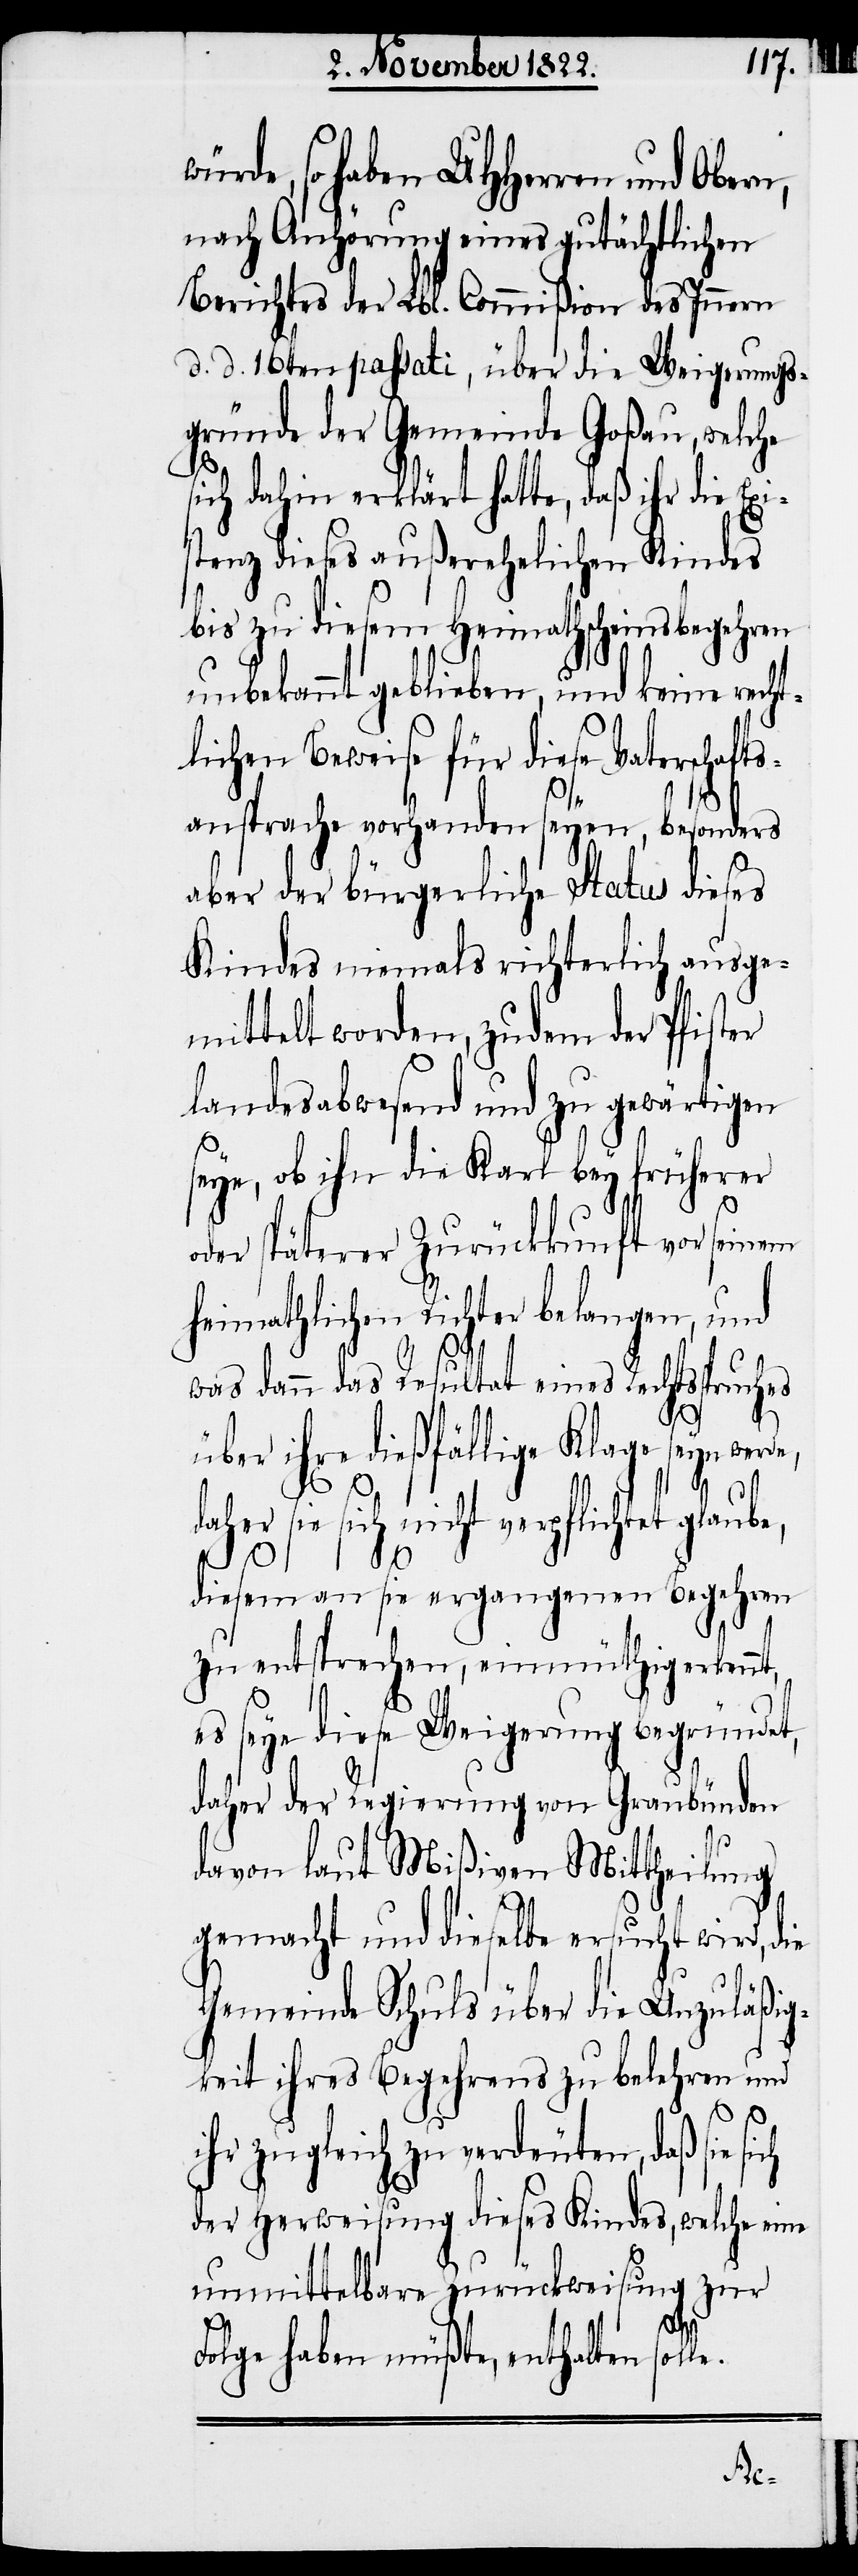
rde, so haben UHHerren und Obern,
nach Anhörung eines gutächtlichen
Berichtes der Lbl. Commißion des Innern
d. d. 16ten passati, über die Weigerungs¬
gründe der Gemeinde Goßau, welche
ich dahin erklärt hatte, daß ihr die Ex¬
stenz dieses außerehelichen Kindes
bis zu diesem Heimathscheinsbegehren
unbekannt geblieben, und keine recht¬
chen Beweise für diese Vatersch¬
ansprache vorhanden seyen, besonders
aber der bürgerliche Status dieses
Kindes niemals richterlich ausge¬
mittelt worden, zudem der Pfister
landesabwesend und zu gewärtigen
seye, ob ihn die Karl bey früherer
oder späterer Zurückkunft vor seinem
heimathlichen Richter belangen, und
was dann das Resultat eines Rechtsspruches
ihre dießfällige Klage seyn
daher sie sich nicht verpflichtet glaube,
diesem an sie ergangenen Begehren
zu entsprechen, einmüthig erkennt,
es seye diese Weigerung begründet,
daher der Regierung von Graubünden
davon laut Mißiven Mittheilung
gemacht und dieselbe ersucht wird, die
Gemeinde Schuls über die Unzuläßig¬
keit ihres Begehrens zu belehren und
ihr zugleich zu verdeuten, daß sie
der Herweisung dieses Kindes, welche eine
unmittelbare Zurückweisung zur
Folge haben müßte, enthalten sol¬
le.